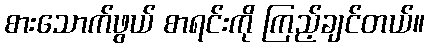
စားသောက်ဖွယ် စာရင်းကို ကြည့်ချင်တယ်။